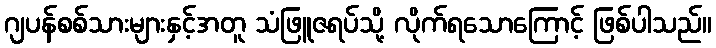
ဂျပန်စစ်သားများနှင့်အတူ သံဖြူဇရပ်သို့ လိုက်ရသောကြောင့် ဖြစ်ပါသည်။